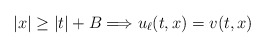
\begin{align*} |x|\geq |t|+B\Longrightarrow u_{\ell}(t,x)=v(t,x) \end{align*}